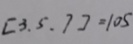
[ 3 . 5 . 7 ] = 1 0 5